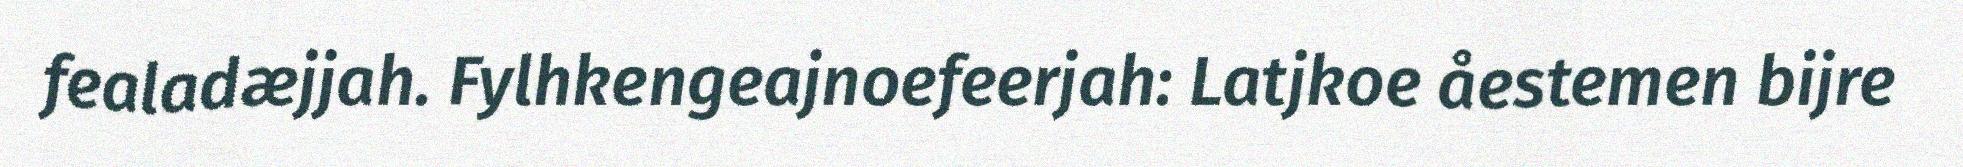
fealadæjjah. Fylhkengeajnoefeerjah: Latjkoe åestemen bijre